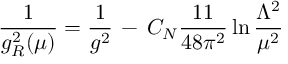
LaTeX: \frac { 1 } { g _ { R } ^ { 2 } ( \mu ) } = \frac { 1 } { g ^ { 2 } } \, - \, C _ { N } \frac { 1 1 } { 4 8 \pi ^ { 2 } } \ln \frac { \Lambda ^ { 2 } } { \mu ^ { 2 } }